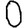
Digit: 0